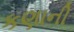
કણાની